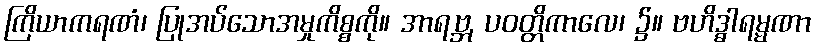
ကြိယာကရဏံ၊ ပြုအပ်သောအမှုကိစ္စကို။ အာရဗ္ဘ, ပဝတ္တိကာလေ၊ ၌။ ဗဟိဒ္ဓါရမ္မဏာ